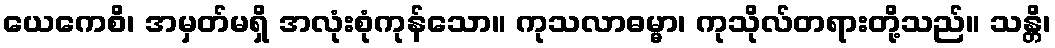
ယေကေစိ၊ အမှတ်မရှိ အလုံးစုံကုန်သော။ ကုသလာဓမ္မာ၊ ကုသိုလ်တရားတို့သည်။ သန္တိ၊